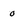
Character: o